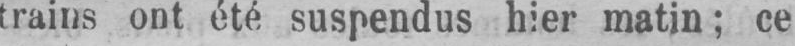
trains ont été suspendus hier matin; ce